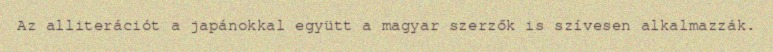
Az alliterációt a japánokkal együtt a magyar szerzők is szívesen alkalmazzák.